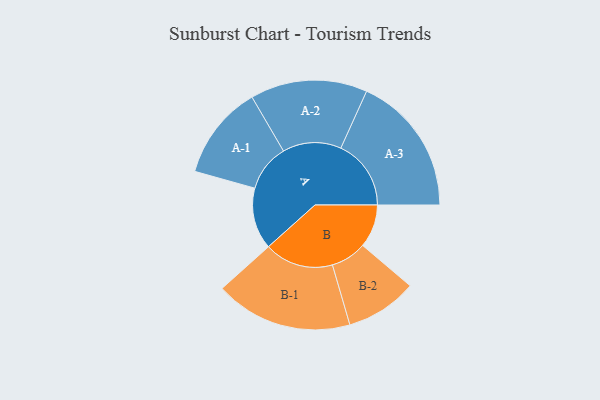
{"axis": {"x": "Segment", "y": "Value"}, "legend": ["", "A", "B"], "data": [{"x": "A", "y": 184, "type": ""}, {"x": "B", "y": 129, "type": ""}, {"x": "A-1", "y": 141, "type": "A"}, {"x": "A-2", "y": 175, "type": "A"}, {"x": "A-3", "y": 210, "type": "A"}, {"x": "B-1", "y": 206, "type": "B"}, {"x": "B-2", "y": 107, "type": "B"}]}